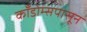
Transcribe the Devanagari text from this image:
काँडोम्सपासून